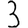
Digit: 3